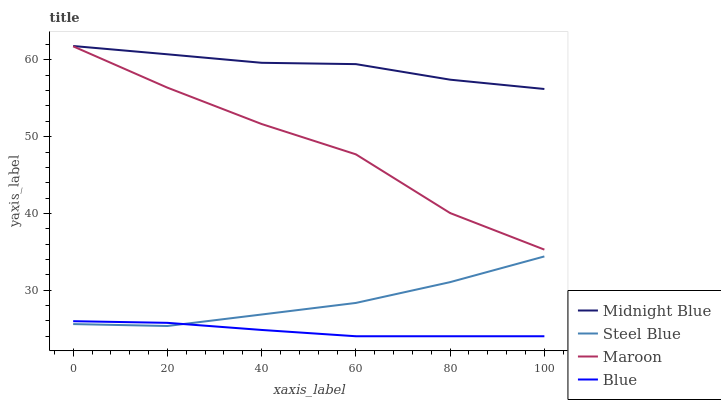
| xaxis_label | Midnight Blue | Steel Blue | Maroon | Blue |
 | --- | --- | --- | --- | --- |
 | 0 | 61.8 | 25.6 | 61.8 | 26 |
 | 20 | 60.7 | 25.3 | 56.4 | 25.7 |
 | 40 | 59.6 | 26.8 | 51.6 | 24.8 |
 | 60 | 59.4 | 28.3 | 47.7 | 24 |
 | 80 | 57.4 | 31.1 | 40 | 24 |
 | 100 | 56.2 | 34.4 | 35.3 | 24 |